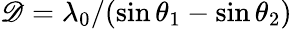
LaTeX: \mathscr{D}=\lambda_{0}/(\sin\theta_{\mathrm{{1}}}-\sin\theta_{\mathrm{{2}}})